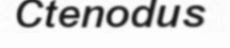
Ctenodus